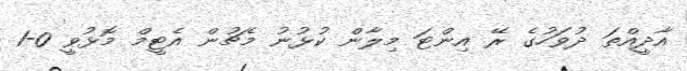
އާދީއްތަ ދުވަހުގެ ރޭ އިންޓަ މިލާން ކުޅުނު މެޗުން އެޓީމް މޮޅުވީ 0-1